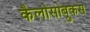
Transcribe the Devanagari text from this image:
कैलोसोब्रुकस